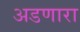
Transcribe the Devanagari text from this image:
अडणारा